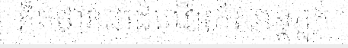
គិតថាវាជាដំណើរកំសាន្តភ្លក់